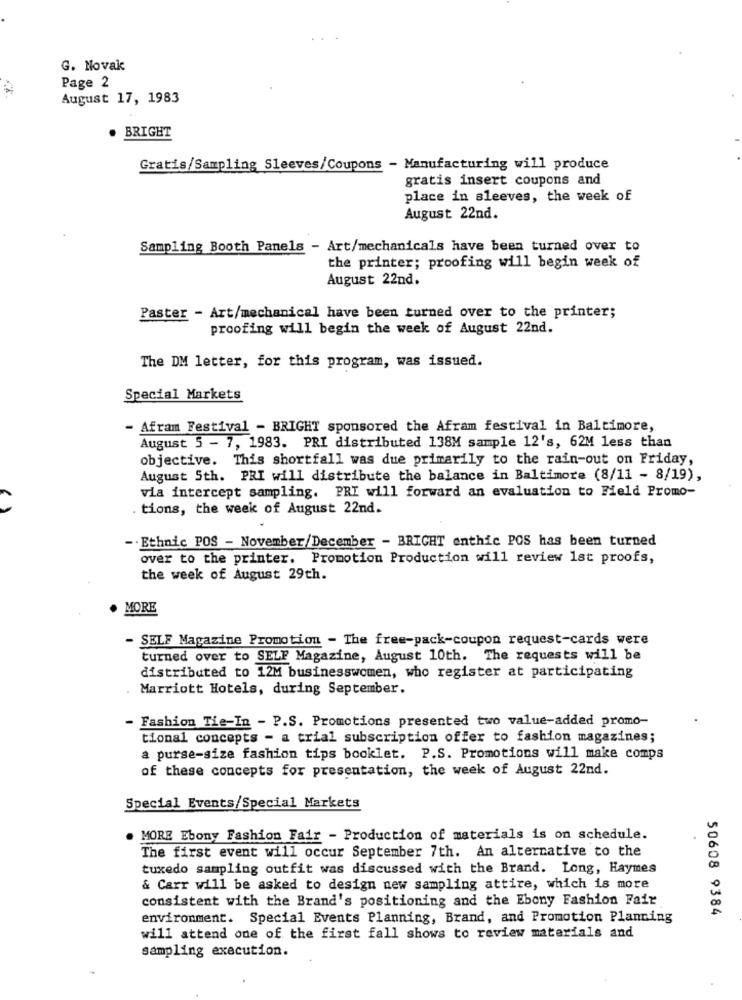
G. Novak
Page 2
August 17, 1983
. BRIGHT
Gratis/Sampling Sleeves/Coupons - Manufacturing will produce
gratis insert coupons and
place in sleeves, the week of
August 22nd.
Sampling Booth Panels - Art/mechanicals have been turned over to
the printer; proofing will begin week of
August 22nd.
Paster - Art/mechanical have been turned over to the printer;
proofing will begin the week of August 22nd.
The DM letter, for this program, was issued.
Special Markets
- Afram Festival - BRIGHT sponsored the Afram festival in Baltimore,
August 5 - 7, 1983. PRI distributed 138M sample 12's, 62M less than
objective. This shortfall was due primarily to the rain-out on Friday,
August Sth. PRI will distribute the balance in Baltimore (8/11 - 8/19),
via intercept sampling. PRI will forward an evaluation to Field Promo-
tions, the week of August 22nd.
-. Ethnic POS - November/December - BRIGHT enthic POS has been turned
over to the printer. Promotion Production will review 1st proofs,
the week of August 29th.
MORE
- SELF Magazine Promotion - The free-pack-coupon request-cards were
turned over to SELF Magazine, August 10th. The requests will be
distributed to 12M businesswomen, who register at participating
Marriott Hotels, during September.
- Fashion Tie-In - P.S. Promotions presented two value-added promo-
tional concepts - a trial subscription offer to fashion magazines;
a purse-size fashion tips booklet. P.S. Promotions will make comps
of these concepts for presentation, the week of August 22nd.
Special Events/Special Markets
. MORE Ebony Fashion Fair - Production of materials is on schedule.
The first event will occur September 7th. An alternative to the
tuxedo sampling outfit was discussed with the Brand. Long, Haymes
& Carr will be asked to design new sampling attire, which is more
consistent with the Brand's positioning and the Ebony Fashion Fair
50608 9384
environment. Special Events Planning, Brand, and Promotion Planning
will attend one of the first fall shows to review materials and
sampling execution.